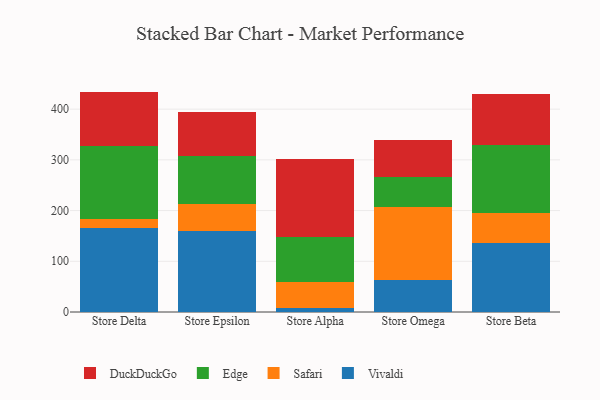
{"axis": {"x": "Store", "y": "Conversion Rate (%)"}, "legend": ["DuckDuckGo", "Edge", "Safari", "Vivaldi"], "data": [{"x": "Store Delta", "y": 165.3, "type": "Vivaldi"}, {"x": "Store Delta", "y": 17.9, "type": "Safari"}, {"x": "Store Delta", "y": 143.5, "type": "Edge"}, {"x": "Store Delta", "y": 107.9, "type": "DuckDuckGo"}, {"x": "Store Epsilon", "y": 160.5, "type": "Vivaldi"}, {"x": "Store Epsilon", "y": 53.2, "type": "Safari"}, {"x": "Store Epsilon", "y": 94.3, "type": "Edge"}, {"x": "Store Epsilon", "y": 86.7, "type": "DuckDuckGo"}, {"x": "Store Alpha", "y": 8.8, "type": "Vivaldi"}, {"x": "Store Alpha", "y": 51.2, "type": "Safari"}, {"x": "Store Alpha", "y": 88.2, "type": "Edge"}, {"x": "Store Alpha", "y": 152.9, "type": "DuckDuckGo"}, {"x": "Store Omega", "y": 63.0, "type": "Vivaldi"}, {"x": "Store Omega", "y": 143.4, "type": "Safari"}, {"x": "Store Omega", "y": 60.6, "type": "Edge"}, {"x": "Store Omega", "y": 73.0, "type": "DuckDuckGo"}, {"x": "Store Beta", "y": 136.8, "type": "Vivaldi"}, {"x": "Store Beta", "y": 58.0, "type": "Safari"}, {"x": "Store Beta", "y": 134.3, "type": "Edge"}, {"x": "Store Beta", "y": 101.5, "type": "DuckDuckGo"}]}